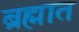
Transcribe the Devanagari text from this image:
ब्रह्मात